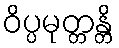
ဝိပ္ပမုတ္တန္တိ